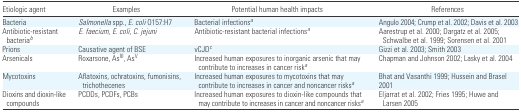
<table><thead><tr><td><b>Etiologic agent</b></td><td><b>Examples</b></td><td><b>Potential human health impacts</b></td><td><b>References</b></td></tr></thead><tbody><tr><td>Bacteria</td><td><i>Salmonella</i> spp., <i>E. coli</i> O157:H7</td><td>Bacterial infectionsa</td><td>Angulo 2004; Crump et al. 2002; Davis et al. 2003</td></tr><tr><td>Antibiotic-resistant bacteriab</td><td><i>E. faecium, E. coli, C. jejuni</i></td><td>Antibiotic-resistant bacterial infectionsa</td><td>Aarestrup et al. 2000; Dargatz et al. 2005; Schwalbe et al. 1999; Sorensen et al. 2001</td></tr><tr><td>Prions</td><td>Causative agent of BSE</td><td>vCJDc</td><td>Gizzi et al. 2003; Smith 2003</td></tr><tr><td>Arsenicals</td><td>Roxarsone, As<sup>III</sup>, As<sup>V</sup></td><td>Increased human exposures to inorganic arsenic that may contribute to increases in cancer riska</td><td>Chapman and Johnson 2002; Lasky et al. 2004</td></tr><tr><td>Mycotoxins</td><td>Aflatoxins, ochratoxins, fumonisins, trichothecenes</td><td>Increased human exposures to mycotoxins that may contribute to increases in cancer and noncancer risksa</td><td>Bhat and Vasanthi 1999; Hussein and Brasel 2001</td></tr><tr><td>Dioxins and dioxin-like compounds</td><td>PCDDs, PCDFs, PCBs</td><td>Increased human exposures to dioxin-like compounds that may contribute to increases in cancer and noncancer risksa</td><td>Eljarrat et al. 2002; Fries 1995; Huwe and Larsen 2005</td></tr></tbody></table>